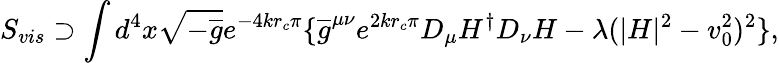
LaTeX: S_{vis}\supset\int d^{4}x\sqrt{-\overline{{{g}}}}e^{-4kr_{c}\pi}\{ \overline{{{g}}}^{\mu\nu}e^{2kr_{c}\pi}D_{\mu}H^{\dagger}D_{\nu}H-\lambda(|H|^{2}-v_{0}^{2})^{2}\} ,